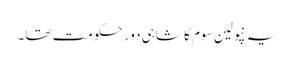
یہ نپولین سوم کا شاہی دور حکومت تھا۔